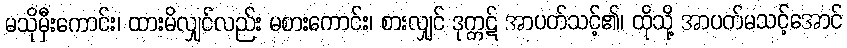
မသိုမှီးကောင်း၊ ထားမိလျှင်လည်း မစားကောင်း၊ စားလျှင် ဒုက္ကဋ် အာပတ်သင့်၏၊ ထိုသို့ အာပတ်မသင့်အောင်